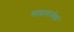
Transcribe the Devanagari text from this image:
स्तदामन्येषां